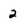
Character: 2